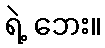
ရဲ့ ဘေး။